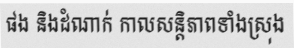
ផង និងដំណាក់ កាលសន្តិភាពទាំងស្រុង